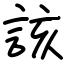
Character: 該